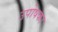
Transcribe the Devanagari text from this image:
उपोषका